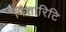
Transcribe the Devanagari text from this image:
पिशारिटि